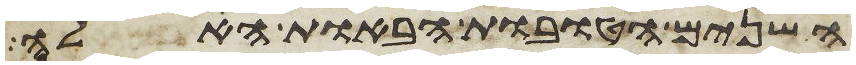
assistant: השנים הטובות הבאות האלה